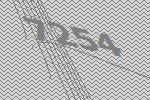
7254